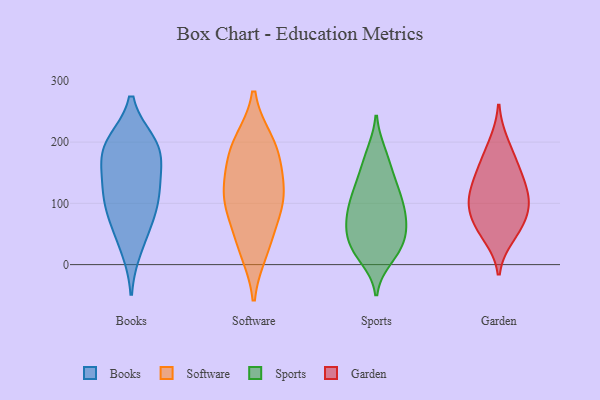
{"axis": {"x": "Churn Rate (%)", "y": "Value"}, "legend": ["Books", "Garden", "Software", "Sports"], "data": [{"x": "", "y": 194, "type": "Books"}, {"x": "", "y": 67, "type": "Books"}, {"x": "", "y": 119, "type": "Books"}, {"x": "", "y": 193, "type": "Books"}, {"x": "", "y": 157, "type": "Books"}, {"x": "", "y": 111, "type": "Books"}, {"x": "", "y": 182, "type": "Books"}, {"x": "", "y": 122, "type": "Books"}, {"x": "", "y": 78, "type": "Books"}, {"x": "", "y": 198, "type": "Books"}, {"x": "", "y": 27, "type": "Books"}, {"x": "", "y": 115, "type": "Software"}, {"x": "", "y": 87, "type": "Software"}, {"x": "", "y": 104, "type": "Software"}, {"x": "", "y": 200, "type": "Software"}, {"x": "", "y": 176, "type": "Software"}, {"x": "", "y": 110, "type": "Software"}, {"x": "", "y": 197, "type": "Software"}, {"x": "", "y": 24, "type": "Software"}, {"x": "", "y": 152, "type": "Software"}, {"x": "", "y": 36, "type": "Software"}, {"x": "", "y": 103, "type": "Sports"}, {"x": "", "y": 68, "type": "Sports"}, {"x": "", "y": 140, "type": "Sports"}, {"x": "", "y": 149, "type": "Sports"}, {"x": "", "y": 57, "type": "Sports"}, {"x": "", "y": 83, "type": "Sports"}, {"x": "", "y": 29, "type": "Sports"}, {"x": "", "y": 24, "type": "Sports"}, {"x": "", "y": 131, "type": "Sports"}, {"x": "", "y": 182, "type": "Sports"}, {"x": "", "y": 24, "type": "Sports"}, {"x": "", "y": 109, "type": "Sports"}, {"x": "", "y": 180, "type": "Sports"}, {"x": "", "y": 61, "type": "Sports"}, {"x": "", "y": 52, "type": "Sports"}, {"x": "", "y": 11, "type": "Sports"}, {"x": "", "y": 68, "type": "Sports"}, {"x": "", "y": 96, "type": "Sports"}, {"x": "", "y": 23, "type": "Sports"}, {"x": "", "y": 106, "type": "Sports"}, {"x": "", "y": 119, "type": "Garden"}, {"x": "", "y": 135, "type": "Garden"}, {"x": "", "y": 59, "type": "Garden"}, {"x": "", "y": 98, "type": "Garden"}, {"x": "", "y": 69, "type": "Garden"}, {"x": "", "y": 199, "type": "Garden"}, {"x": "", "y": 103, "type": "Garden"}, {"x": "", "y": 95, "type": "Garden"}, {"x": "", "y": 46, "type": "Garden"}, {"x": "", "y": 166, "type": "Garden"}, {"x": "", "y": 154, "type": "Garden"}]}